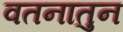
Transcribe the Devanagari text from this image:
वतनातुन